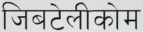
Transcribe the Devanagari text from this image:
जिबटेलीकोम